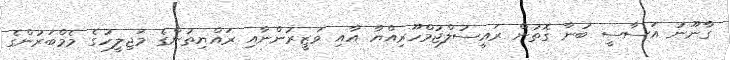
ގާނޫނު އަސާސީ ބުނާ ގޮތުން ރައީސުލްޖުމްހޫރިއްޔާ އާއި ވަޒީރުންނާއި ރައްޔިތުންގެ މަޖިލީހުގެ މެމްބަރުންގެ